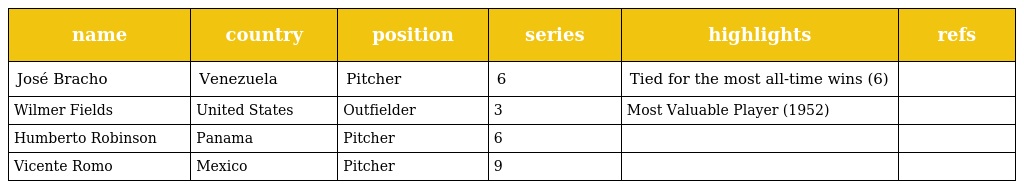
| name | country | position | series | highlights | refs |
 | --- | --- | --- | --- | --- | --- |
 | José Bracho | Venezuela | Pitcher | 6 | Tied for the most all-time wins (6) |  |
 | Wilmer Fields | United States | Outfielder | 3 | Most Valuable Player (1952) |  |
 | Humberto Robinson | Panama | Pitcher | 6 |  |  |
 | Vicente Romo | Mexico | Pitcher | 9 |  |  |